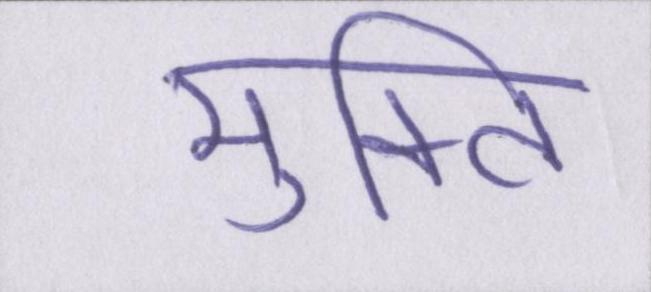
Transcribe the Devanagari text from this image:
मुक्ति